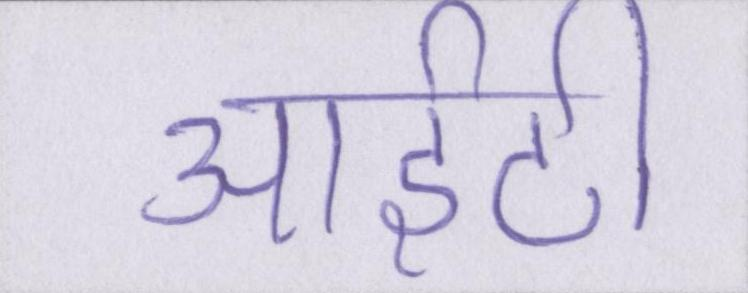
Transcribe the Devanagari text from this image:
आईटी